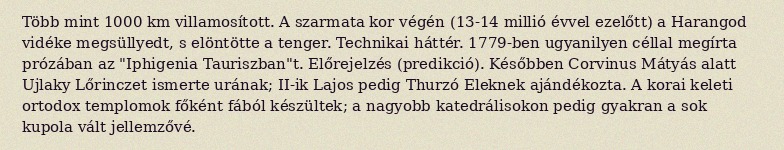
Több mint 1000 km villamosított. A szarmata kor végén (13-14 millió évvel ezelőtt) a Harangod vidéke megsüllyedt, s elöntötte a tenger. Technikai háttér. 1779-ben ugyanilyen céllal megírta prózában az "Iphigenia Tauriszban"t. Előrejelzés (predikció). Későbben Corvinus Mátyás alatt Ujlaky Lőrinczet ismerte urának; II-ik Lajos pedig Thurzó Eleknek ajándékozta. A korai keleti ortodox templomok főként fából készültek; a nagyobb katedrálisokon pedig gyakran a sok kupola vált jellemzővé.